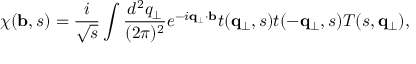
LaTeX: \chi ( { \bf b } , s ) = \frac { i } { \sqrt { s } } \int \frac { d ^ { 2 } q _ { \perp } } { ( 2 \pi ) ^ { 2 } } e ^ { - i { \bf q } _ { \perp } \cdot { \bf b } } t ( { \bf q } _ { \perp } , s ) t ( - { \bf q } _ { \perp } , s ) T ( s , { \bf q } _ { \perp } ) ,